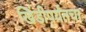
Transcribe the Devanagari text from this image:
खिंडीपर्यंतचा